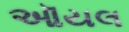
ઑયલ